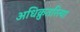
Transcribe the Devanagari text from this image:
अधिक्रुतरित्या